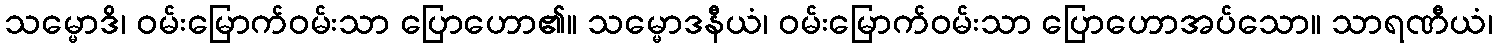
သမ္မောဒိ၊ ဝမ်းမြောက်ဝမ်းသာ ပြောဟော၏။ သမ္မောဒနီယံ၊ ဝမ်းမြောက်ဝမ်းသာ ပြောဟောအပ်သော။ သာရဏီယံ၊